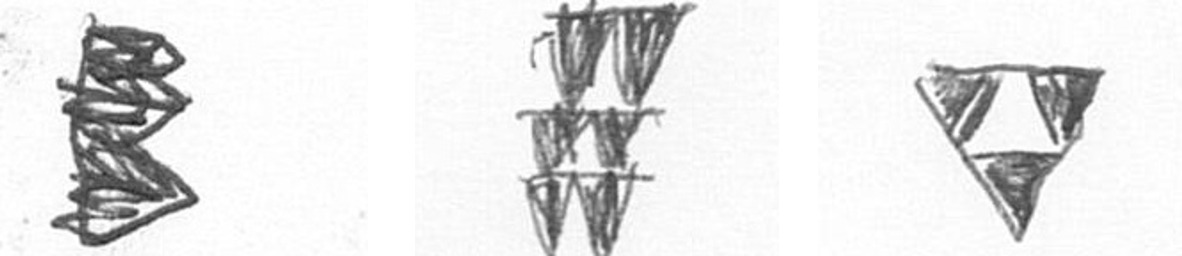
H Y S